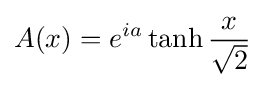
A(x)=e^{ia}\tanh {\frac {x}{\sqrt {2}}}